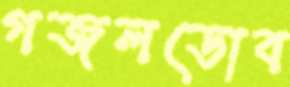
গজলডোব